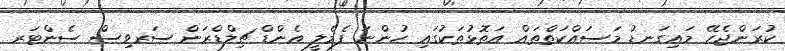
ކުރަންޖެހޭ މައިގަނޑު މަސައްކަތްތައް އަތޮޅުތަކުގައި ހުންނަ ފެމެލީ އެންޑް ޗިލްޑްރަން ސަރވިސް ސެންޓަރ